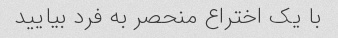
با یک اختراع منحصر به فرد بیایید